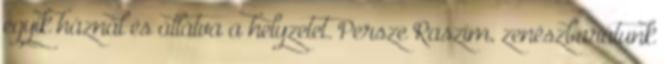
egyik háznál és átlátva a helyzetet. Persze Raszim, zenészbarátunk